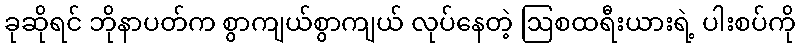
ခုဆိုရင် ဘိုနာပတ်က စွာကျယ်စွာကျယ် လုပ်နေတဲ့ ဩစထရီးယားရဲ့ ပါးစပ်ကို